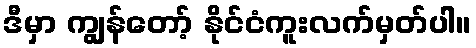
ဒီမှာ ကျွန်တော့် နိုင်ငံကူးလက်မှတ်ပါ။